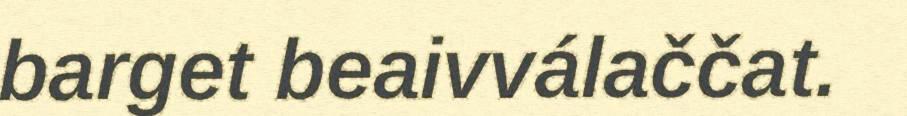
barget beaivválaččat.